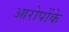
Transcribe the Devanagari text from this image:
आरोपोंके